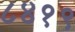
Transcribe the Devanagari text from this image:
८४१९